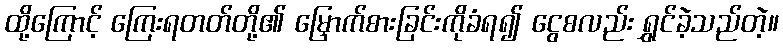
ထို့ကြောင့် ကြေးရတတ်တို့၏ မြှောက်စားခြင်းကိုခံရ၍ ငွေစလည်း ရွှင်ခဲ့သည်တဲ့။